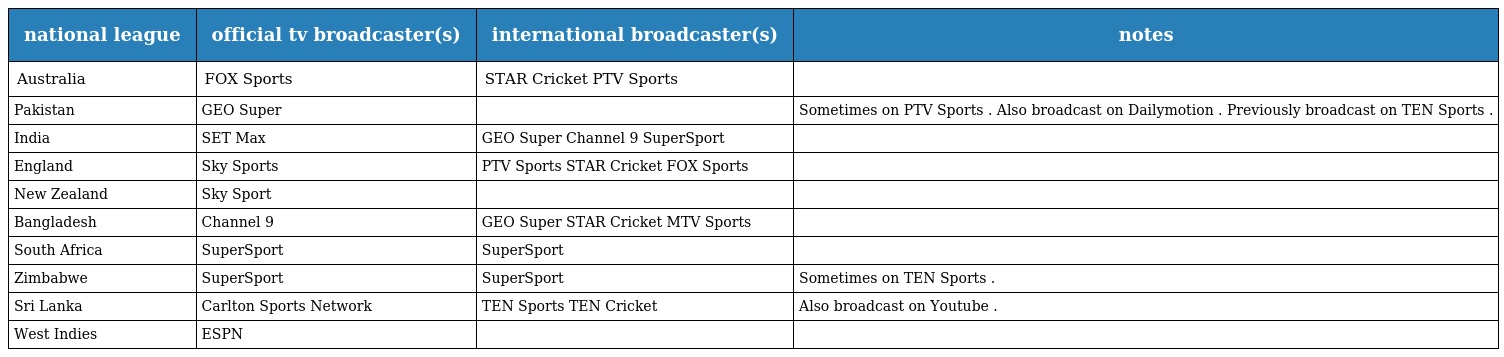
| national league | official tv broadcaster(s) | international broadcaster(s) | notes |
 | --- | --- | --- | --- |
 | Australia | FOX Sports | STAR Cricket PTV Sports |  |
 | Pakistan | GEO Super |  | Sometimes on PTV Sports . Also broadcast on Dailymotion . Previously broadcast on TEN Sports . |
 | India | SET Max | GEO Super Channel 9 SuperSport |  |
 | England | Sky Sports | PTV Sports STAR Cricket FOX Sports |  |
 | New Zealand | Sky Sport |  |  |
 | Bangladesh | Channel 9 | GEO Super STAR Cricket MTV Sports |  |
 | South Africa | SuperSport | SuperSport |  |
 | Zimbabwe | SuperSport | SuperSport | Sometimes on TEN Sports . |
 | Sri Lanka | Carlton Sports Network | TEN Sports TEN Cricket | Also broadcast on Youtube . |
 | West Indies | ESPN |  |  |